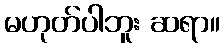
မဟုတ်ပါဘူး ဆရာ။